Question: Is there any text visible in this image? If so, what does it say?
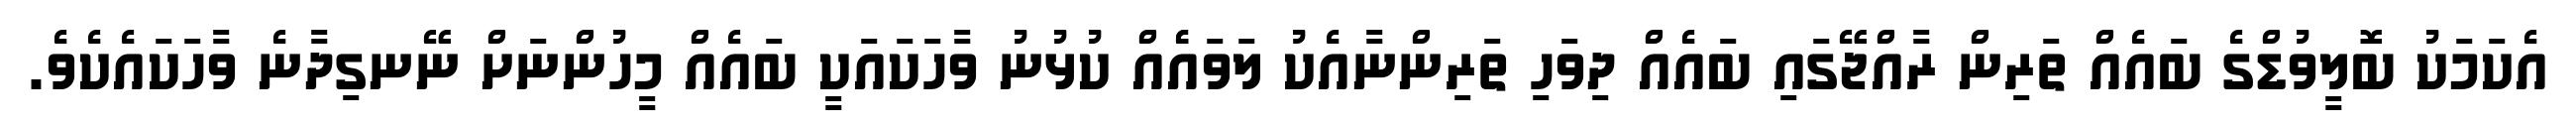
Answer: އެކަމަކު ބޮލީވުޑްގެ ބައެއް ތަރިން ރާއްޖޭގައި ބައެއް ދިވަހި ތަރިންނާއެކު ލަވައެެއް ކުޅުނު ވާހަކައަކީ ބައެއް މީހުންނަށް ނޭނގިދާނެ ވާހަކައެކެވެ.